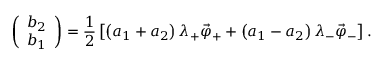
\left( \begin{array} { l } { b _ { 2 } } \\ { b _ { 1 } } \end{array} \right) = \frac { 1 } { 2 } \left[ \left( a _ { 1 } + a _ { 2 } \right) \lambda _ { + } \vec { \varphi } _ { + } + \left( a _ { 1 } - a _ { 2 } \right) \lambda _ { - } \vec { \varphi } _ { - } \right] .